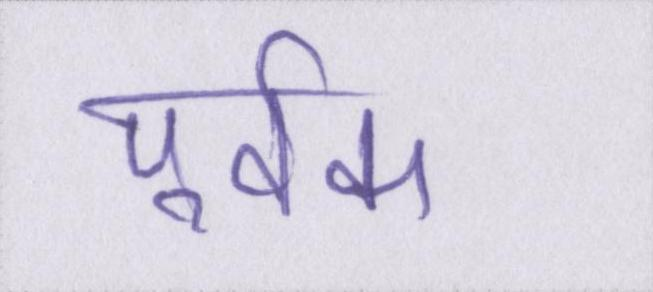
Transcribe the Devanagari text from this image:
पूर्वक